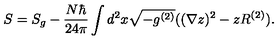
S = S _ { g } - \frac { N \hbar } { 2 4 \pi } \int d ^ { 2 } x \sqrt { - g ^ { ( 2 ) } } ( ( \nabla z ) ^ { 2 } - z R ^ { ( 2 ) } ) .